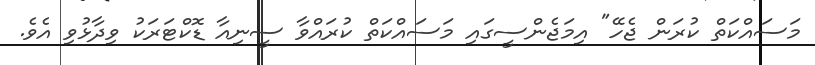
މަސައްކަތް ކުރަން ޖެހޭ" އިމަޖެންސީގައި މަސައްކަތް ކުރައްވާ ސީނިއާ ޑޮކްޓަރަކު ވިދާޅުވި އެވެ.